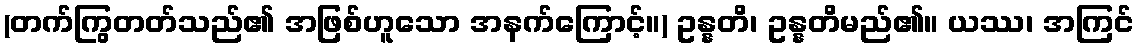
(တက်ကြွတတ်သည်၏ အဖြစ်ဟူသော အနက်ကြောင့်။) ဥန္နတိ၊ ဥန္နတိမည်၏။ ယဿ၊ အကြင်